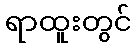
ရာထူးတွင်